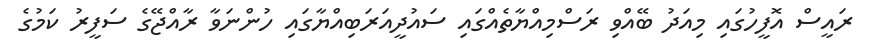
ރައީސް އޮފީހުގައި މިއަދު ބޭއްވި ރަސްމިއްޔާތެއްގައި ސައުދީއަރަބިއްޔާގައި ހުންނަވާ ރާއްޖޭގެ ސަފީރު ކަމުގެ